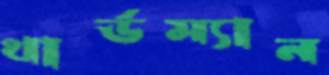
থার্ডম্যান